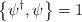
LaTeX: \begin{align*}\left\{ \psi^{\dagger}, \psi \right\} = 1\end{align*}